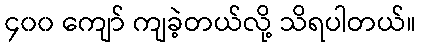
၄၀၀ ကျော် ကျခဲ့တယ်လို့ သိရပါတယ်။